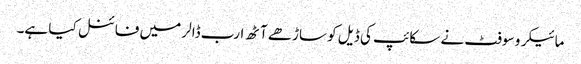
مائیکرو سوفٹ نے سکائپ کی ڈیل کو ساڑھے آٹھ ارب ڈالر میں فائنل کیا ہے۔